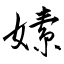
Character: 嫊